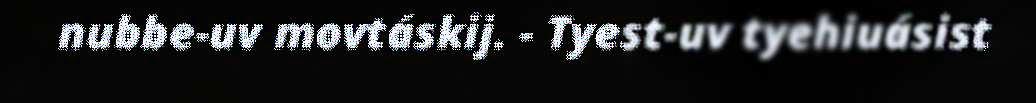
nubbe-uv movtáskij. - Tyest-uv tyehiuásist